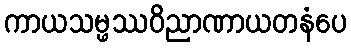
ကာယသမ္ဖဿဝိညာဏာယတနံပေ